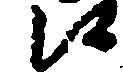
候